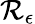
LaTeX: \mathcal{R}_{\epsilon}